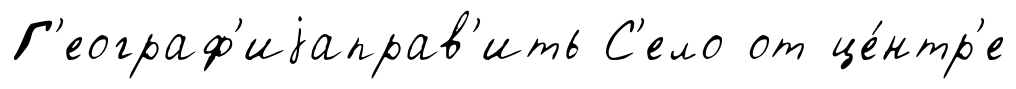
Г'еограф'иjаправ'ить С'ело от це́нтр'е